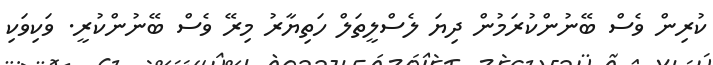
ކުރިން ވެސް ބޭނުންކުރަމުން ދިޔަ ލެސްލީތަލް ހަތިޔާރު މިރޭ ވެސް ބޭނުންކުރީ. ވަކިވަކި